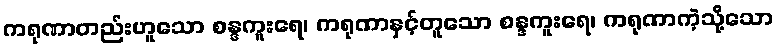
ကရုဏာတည်းဟူသော စန္ဒကူးရေ၊ ကရုဏာနှင့်တူသော စန္ဒကူးရေ၊ ကရုဏာကဲ့သို့သော